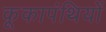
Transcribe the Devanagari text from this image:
कूकापंथियों